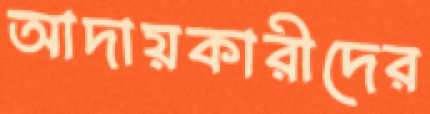
আদায়কারীদের